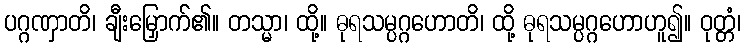
ပဂ္ဂဏှာတိ၊ ချီးမြှောက်၏။ တသ္မာ၊ ထို့။ ဓုရသမ္ပဂ္ဂဟောတိ၊ ထို့ ဓုရသမ္ပဂ္ဂဟောဟူ၍။ ဝုတ္တံ၊